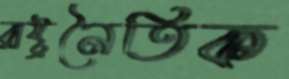
রাষ্ট্রনৈতিক